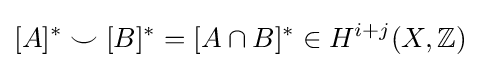
[A]^{*}\smile [B]^{*}=[A\cap B]^{*}\in H^{i+j}(X,\mathbb {Z} )